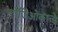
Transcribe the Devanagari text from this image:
लाजिओकान्डे